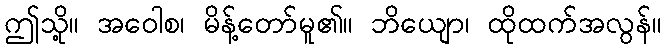
ဤသို့။ အဝေါစ၊ မိန့်တော်မူ၏။ ဘိယျော၊ ထိုထက်အလွန်။